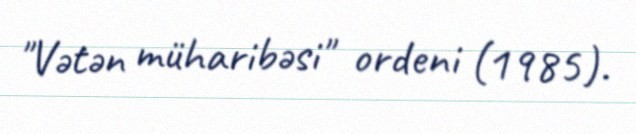
"Vətən müharibəsi" ordeni (1985).